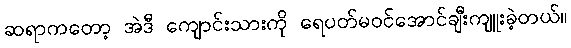
ဆရာကတော့ အဲဒီ ကျောင်းသားကို ရေပတ်မဝင်အောင်ချီးကျူးခဲ့တယ်။